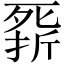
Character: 𣩁